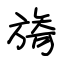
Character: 旖